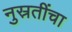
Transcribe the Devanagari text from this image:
नुस्रतींचा